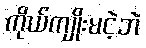
ကိုယ်ကျိုးမငဲ့ဘဲ